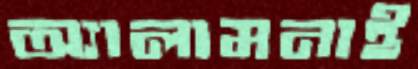
অ্যালামনাই